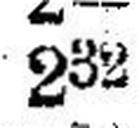
232